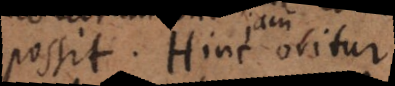
possit. Hinc obitur